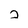
Character: 2